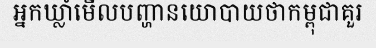
អ្នកឃ្លាំមើលបញ្ហានយោបាយថាកម្ពុជាគួរ